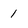
Character: 1